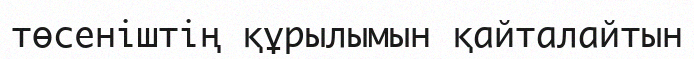
төсеніштің құрылымын қайталайтын